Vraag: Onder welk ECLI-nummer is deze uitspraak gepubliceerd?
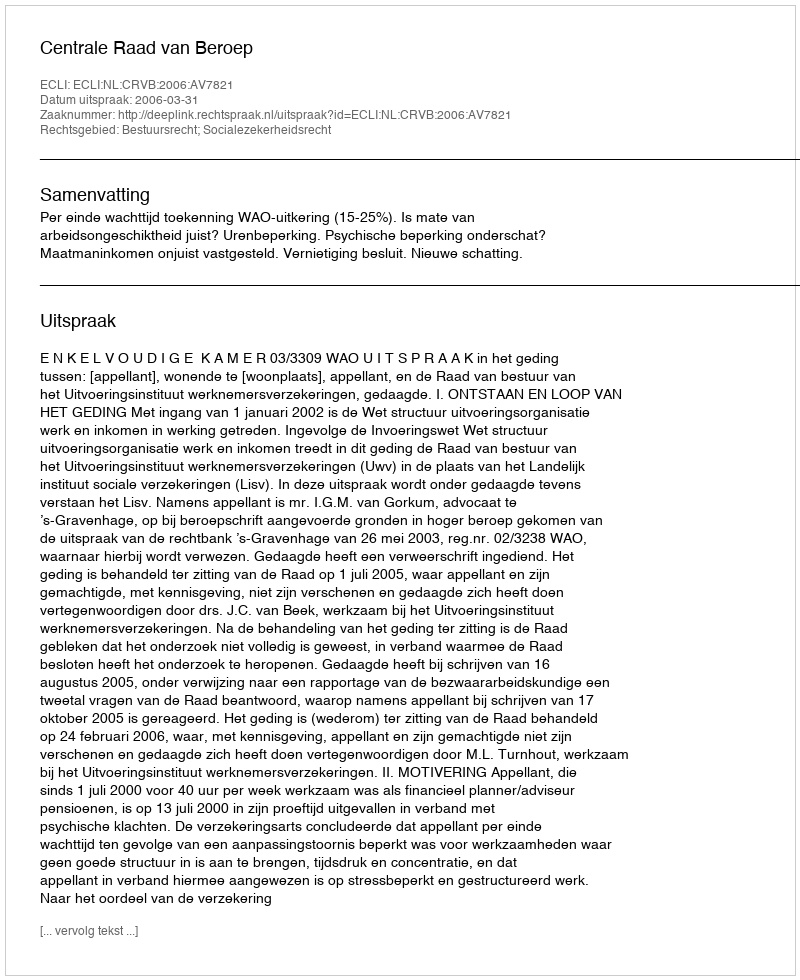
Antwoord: ECLI:NL:CRVB:2006:AV7821